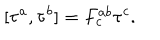
[ \tau ^ { a } , \tau ^ { b } ] = F _ { c } ^ { a b } \tau ^ { c } .